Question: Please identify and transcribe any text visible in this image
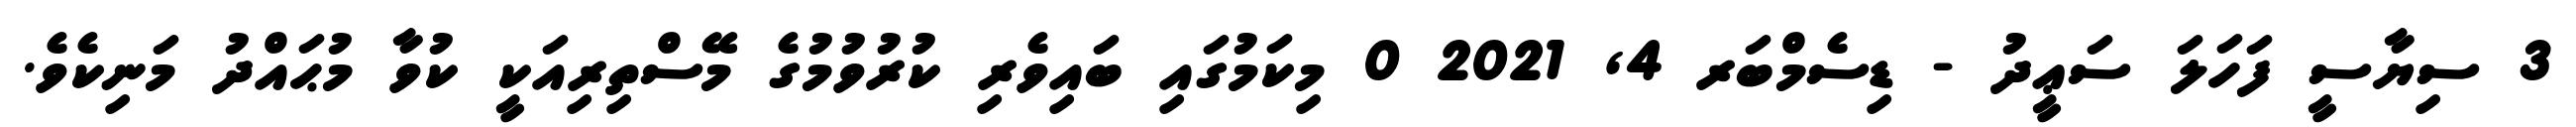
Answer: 3 ސިޔާސީ ފަހަލަ ސަޢީދު - ޑިސެމްބަރ 4, 2021 0 މިކަމުގައި ބައިވެރި ކުރުވުމުގެ މޭސްތިރިއަކީ ކުވާ މުޙައްދު މަނިކެވެ.